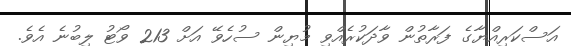
އަސްކަރިއްޔާގެ ފަރާތުން ވާދަކުރެއްވި މުޔިން ސުހެވޭ އަށް 213 ވޯޓު ލިބުނެ އެވެ.